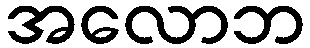
အလောဘ